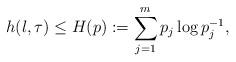
LaTeX: \begin{align*}h(\l,\tau)\le H(p):=\sum_{j=1}^m p_j\log p_j^{-1},\end{align*}